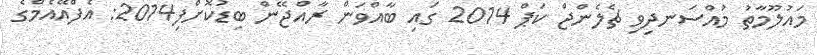
މައުލޫމާތު މުއްސަނދިވި ޗެލެންޖް ކަޕް 2014 ގައި ބާއްވަން ރާއްޖޭން ބިޑުކޮށްފި2014: އެފްއޭއެމްގެ